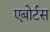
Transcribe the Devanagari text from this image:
एबोर्टस